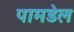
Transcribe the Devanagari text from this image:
पामडेल